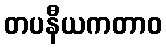
တပနီယကတာဝ